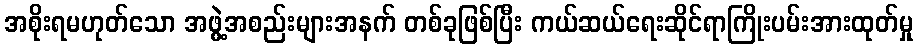
အစိုးရမဟုတ်သော အဖွဲ့အစည်းများအနက် တစ်ခုဖြစ်ပြီး ကယ်ဆယ်ရေးဆိုင်ရာကြိုးပမ်းအားထုတ်မှု